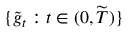
\{ { \widetilde { g } } _ { t } : t \in ( 0 , { \widetilde { T } } ) \}